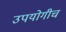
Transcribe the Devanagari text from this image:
उपयोगीच